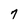
Character: 7